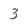
Character: 3